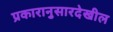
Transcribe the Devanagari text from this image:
प्रकारानुसारदेखील